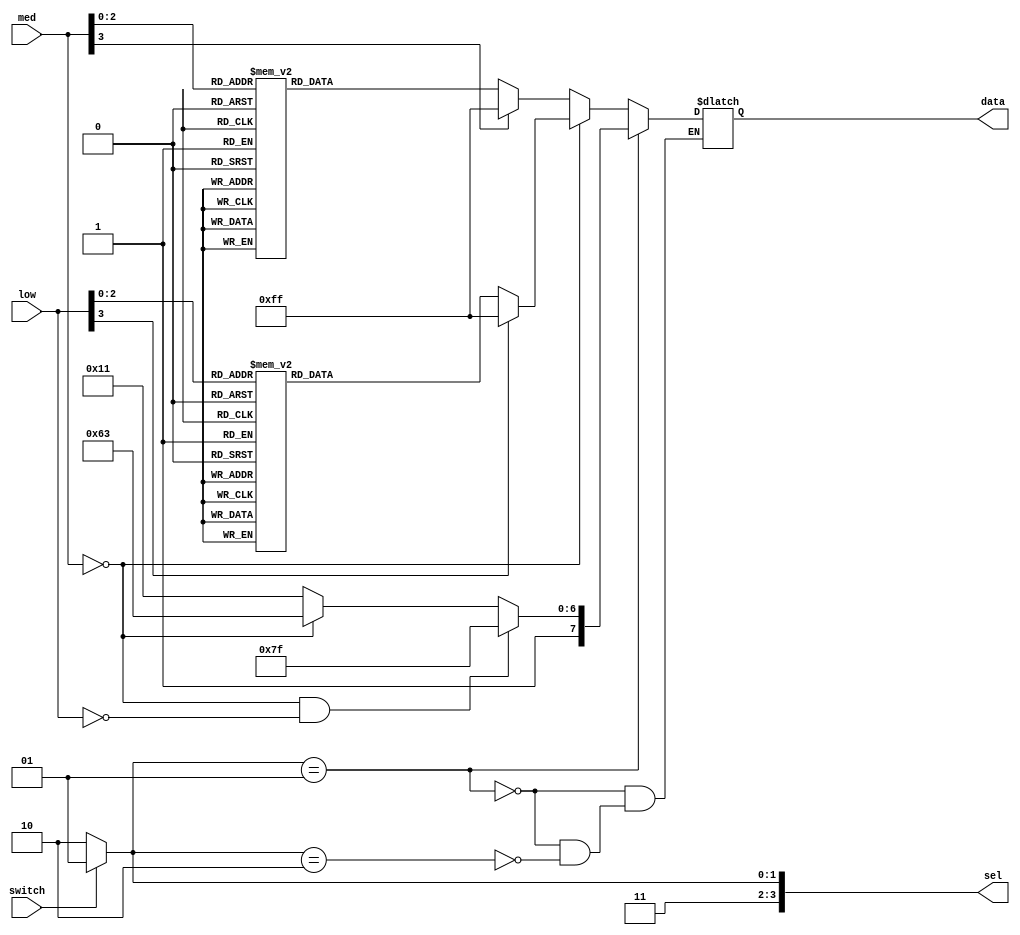
`timescale 1ns / 1ps
module ShowCode(
    input switch,
	 input [3:0]med,
	 input [3:0]low,
    output reg [3:0] sel = 4'b1101,
    output reg [7:0] data
    );
	 

always@(*)
begin
    if(switch == 1)
	     sel <= 4'b1101;
	 else 
	     sel <= 4'b1110;
end
//8'b 1 1 1 1 _ 1 1 1 1;
//    a b c d   e f g h


always@(med or low)
    if(sel == 4'b1101)
	 begin
	 if((med == 4'b0000)&&(low == 4'b0000))//
	     data = 8'b1111_1111;
    else if(med == 4'b0000)               //
	     data = 8'b1110_0011;
	 else                                  //
	     data = 8'b1001_0001;
    end	
    else if(sel == 4'b1110)
    begin
	     if(med == 0)
	     begin
				case(low)
		       4'h0: data = 8'b1111_1111;
				 4'h1: data = 8'b1001_1111;
				 4'h2: data = 8'b0010_0101;
				 4'h3: data = 8'b0000_1101;
				 4'h4: data = 8'b1001_1001;
				 4'h5: data = 8'b0100_1001;
				 4'h6: data = 8'b0100_0001;
				 4'h7: data = 8'b0001_1111;
			   default: data = 8'b1111_1111;
	 	      endcase
	     end
		  else
		  begin
		      case(med)
		       4'h0: data = 8'b1111_1111;
				 4'h1: data = 8'b1001_1111;
				 4'h2: data = 8'b0010_0101;
				 4'h3: data = 8'b0000_1101;
				 4'h4: data = 8'b1001_1001;
				 4'h5: data = 8'b0100_1001;
				 4'h6: data = 8'b0100_0001;
				 4'h7: data = 8'b0001_1111;
			   default: data = 8'b1111_1111;
	 	      endcase
		  end
    end	     
endmodule